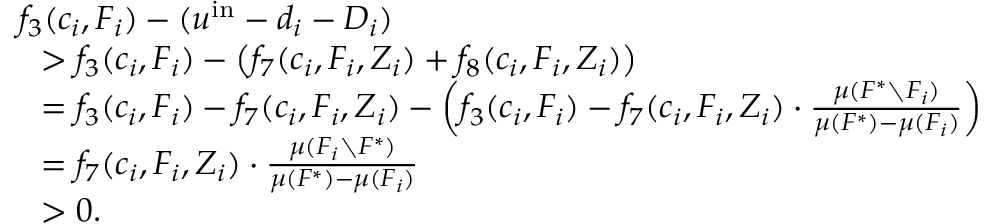
\begin{array} { r l } & { f _ { 3 } ( c _ { i } , F _ { i } ) - ( u ^ { \mathrm { i n } } - d _ { i } - D _ { i } ) } \\ { } & { ~ ~ > f _ { 3 } ( c _ { i } , F _ { i } ) - \big ( f _ { 7 } ( c _ { i } , F _ { i } , Z _ { i } ) + f _ { 8 } ( c _ { i } , F _ { i } , Z _ { i } ) \big ) } \\ { } & { ~ ~ = f _ { 3 } ( c _ { i } , F _ { i } ) - f _ { 7 } ( c _ { i } , F _ { i } , Z _ { i } ) - \left( f _ { 3 } ( c _ { i } , F _ { i } ) - f _ { 7 } ( c _ { i } , F _ { i } , Z _ { i } ) \cdot \frac { \mu ( F ^ { * } \setminus F _ { i } ) } { \mu ( F ^ { * } ) - \mu ( F _ { i } ) } \right) } \\ { } & { ~ ~ = f _ { 7 } ( c _ { i } , F _ { i } , Z _ { i } ) \cdot \frac { \mu ( F _ { i } \setminus F ^ { * } ) } { \mu ( F ^ { * } ) - \mu ( F _ { i } ) } } \\ { } & { ~ ~ > 0 . } \end{array}